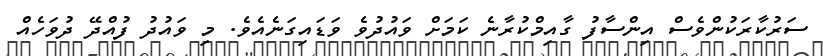
ސަރުކާރަކުންވެސް އިންސާފު ގާއިމްކުރާނެ ކަމަށް ވައުދުވެ ވަޑައިގަނެއެވެ. މި ވައުދު ފުއްދޭ ދުވަހެއް